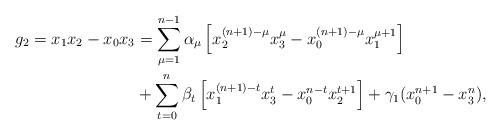
LaTeX: \begin{align*}g_{2}=x_{1}x_{2}-x_{0}x_{3}&=\sum_{\mu=1}^{n-1}\alpha_{\mu}\left[x_{2}^{(n+1)-\mu}x_{3}^{\mu}-x_{0}^{(n+1)-\mu}x_{1}^{\mu+1}\right]\\&+\sum_{t=0}^{n}\beta_{t}\left[x_{1}^{(n+1)-t}x_{3}^{t}-x_{0}^{n-t}x_{2}^{t+1}\right]+\gamma_{1}(x_{0}^{n+1}-x_{3}^{n}),\end{align*}